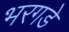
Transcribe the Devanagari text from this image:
भरगडे